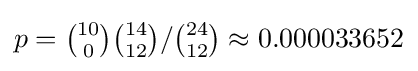
{p={\tbinom {10}{0}}{\tbinom {14}{12}}}/{\tbinom {24}{12}}\approx 0.000033652